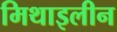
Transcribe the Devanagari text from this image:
मिथाइलीन